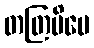
တတြပိမေ